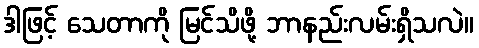
ဒါဖြင့် သေတာကို မြင်သိဖို့ ဘာနည်းလမ်းရှိသလဲ။